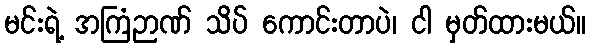
မင်းရဲ့ အကြံဉာဏ် သိပ် ကောင်းတာပဲ၊ ငါ မှတ်ထားမယ်။